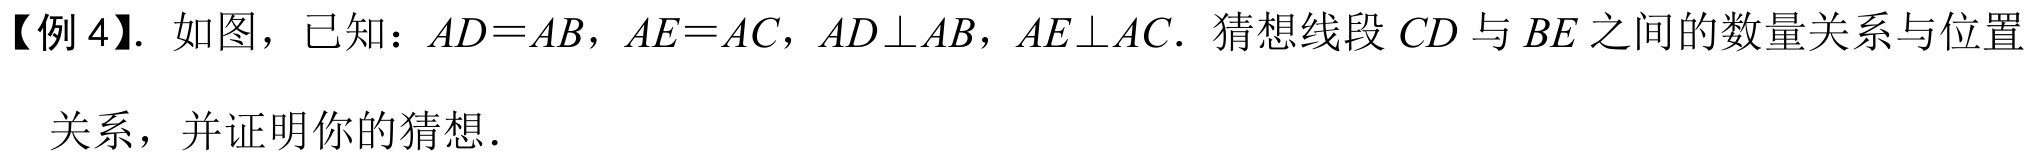
【例 4】. 如图，已知：\(AD = AB\)，\(AE = AC\)，\(AD\perp AB\)，\(AE\perp AC\). 猜想线段 \(CD\) 与 \(BE\) 之间的数量关系与位置关系，并证明你的猜想．